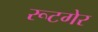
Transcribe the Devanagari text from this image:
रूटगेर